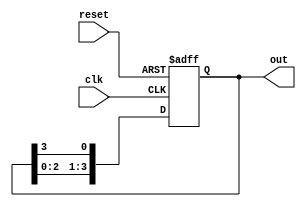
module ring_counter (
    input wire clk,          // Clock signal
    input wire reset,        // Asynchronous reset
    output reg [N-1:0] out   // Output state
);
    parameter N = 4;         // Number of flip-flops (length of the ring counter)

    // State transition on clock edge
    always @(posedge clk or posedge reset) begin
        if (reset) begin
            // Initialize state on reset
            out <= 1'b1;      // Set first flip-flop high (0001)
        end else begin
            // Shift the '1' bit through the flip-flops
            out <= {out[N-2:0], out[N-1]}; // Shift left, wrap around (constructs the new state)
        end
    end
endmodule